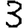
Digit: 3